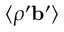
\langle { \rho ^ { \prime } { \bf { b } } ^ { \prime } } \rangle